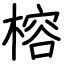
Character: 榕